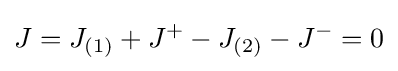
J=J_{(1)}+J^{+}-J_{(2)}-J^{-}=0